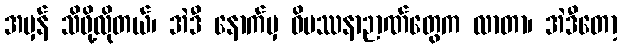
အမှန် သိဖို့လိုတယ်၊ အဲဒီ နောက်မှ ဝိပဿနာဉာဏ်တွေက လာတာ၊ အဲဒီတော့